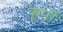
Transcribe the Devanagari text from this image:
कूर्मो